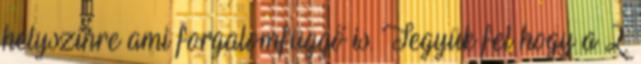
helyszínre ami forgalomfüggő is. Tegyük fel hogy a 2.